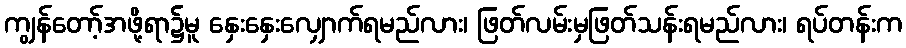
ကျွန်တော့်အဖို့ရာ၌မူ နှေးနှေးလျှောက်ရမည်လား၊ ဖြတ်လမ်းမှဖြတ်သန်းရမည်လား၊ ရပ်တန်းက